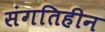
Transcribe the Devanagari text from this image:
संगतिहीन